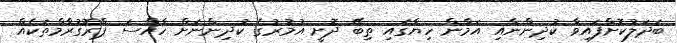
ބަދަލުކޮށްފައިވާ ކުދިންނާއި އަމާން ހިޔާގައި ތިބޭ ދޮށީ އުމުރުގެ ކުދިންނަށް ހާއްސަ ޕްރޮގުރާމްތަކެއް